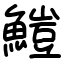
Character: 䱺